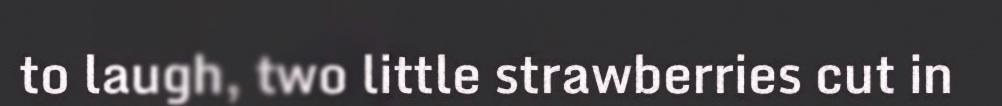
to laugh, two little strawberries cut in